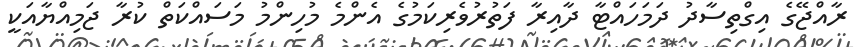
ރާއްޖޭގެ އިގްތިސާދު ދަމަހައްޓާ ދާއިރާ ފަތުރުވެރިކަމުގެ އެންމެ މުހިންމު މަސައްކަތް ކުރާ ޖަމިއްޔާއަކީ